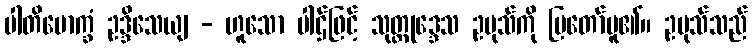
ပါတိမောက္ခံ ဥဒ္ဒိသေယျ - ဟူသော ပါဌ်ဖြင့် သုတ္တုဒ္ဒေသ ဥပုသ်ကို ပြတော်မူ၏။ ဥပုသ်သည်